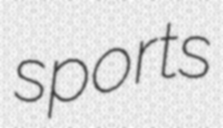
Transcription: sports